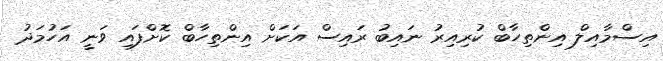
އިސްމާއިލް އިންތިހާބް ކުރިއިރު ނައިބު ރައިސް އަކަށް އިންތިހާބް ކޮށްފައި ވަނީ އަަހުމަދު